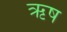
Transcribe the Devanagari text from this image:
ऋष